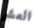
العشر